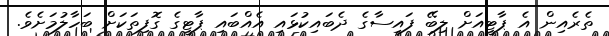
ތެރެއިން އެ ޕާޓީއަށް ލިބޭ ފައިސާގެ ދެބައިކުޅައި އެއްބައި ޕާޓީގެ ގޮފިތަކަށް ބަހާލުމަށެވެ.